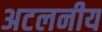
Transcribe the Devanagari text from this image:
अटलनीय